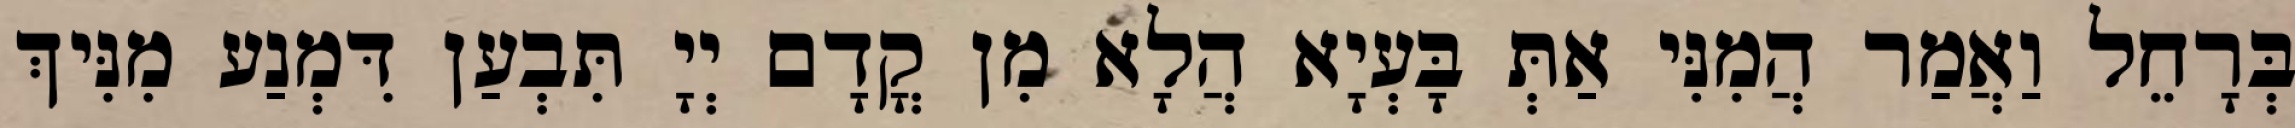
בְּרָחֵל וַאֲמַר הֲמִנִּי אַתְּ בָּעְיָא הֲלָא מִן קֳדָם יְיָ תִּבְעַן דִּמְנַע מִנִּיךְ